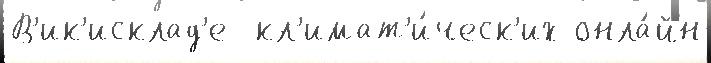
В'ик'исклад'е  кл'имат'и́ческ'их онла́йн